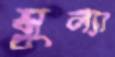
মুল্যা